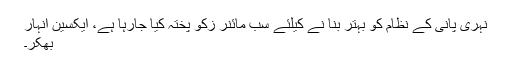
نہری پانی کے نظام کو بہتر بنا نے کیلئے سب مائنر زکو پختہ کیا جارہا ہے، ایکسین انہار
بھکر۔